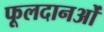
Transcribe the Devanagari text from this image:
फूलदानओं